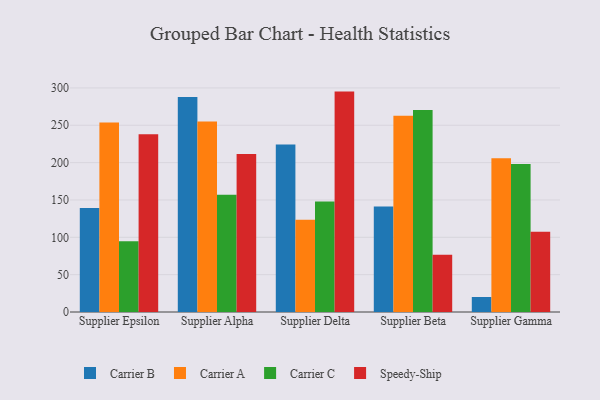
{"axis": {"x": "Supplier", "y": "Satisfaction Score"}, "legend": ["Carrier A", "Carrier B", "Carrier C", "Speedy-Ship"], "data": [{"x": "Supplier Epsilon", "y": 139.4, "type": "Carrier B"}, {"x": "Supplier Epsilon", "y": 253.6, "type": "Carrier A"}, {"x": "Supplier Epsilon", "y": 94.7, "type": "Carrier C"}, {"x": "Supplier Epsilon", "y": 237.9, "type": "Speedy-Ship"}, {"x": "Supplier Alpha", "y": 287.8, "type": "Carrier B"}, {"x": "Supplier Alpha", "y": 255.1, "type": "Carrier A"}, {"x": "Supplier Alpha", "y": 156.9, "type": "Carrier C"}, {"x": "Supplier Alpha", "y": 211.7, "type": "Speedy-Ship"}, {"x": "Supplier Delta", "y": 224.3, "type": "Carrier B"}, {"x": "Supplier Delta", "y": 123.6, "type": "Carrier A"}, {"x": "Supplier Delta", "y": 147.8, "type": "Carrier C"}, {"x": "Supplier Delta", "y": 295.1, "type": "Speedy-Ship"}, {"x": "Supplier Beta", "y": 141.1, "type": "Carrier B"}, {"x": "Supplier Beta", "y": 262.7, "type": "Carrier A"}, {"x": "Supplier Beta", "y": 270.3, "type": "Carrier C"}, {"x": "Supplier Beta", "y": 76.8, "type": "Speedy-Ship"}, {"x": "Supplier Gamma", "y": 20.1, "type": "Carrier B"}, {"x": "Supplier Gamma", "y": 206.0, "type": "Carrier A"}, {"x": "Supplier Gamma", "y": 198.2, "type": "Carrier C"}, {"x": "Supplier Gamma", "y": 107.4, "type": "Speedy-Ship"}]}